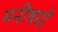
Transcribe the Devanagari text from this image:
मनीषयों